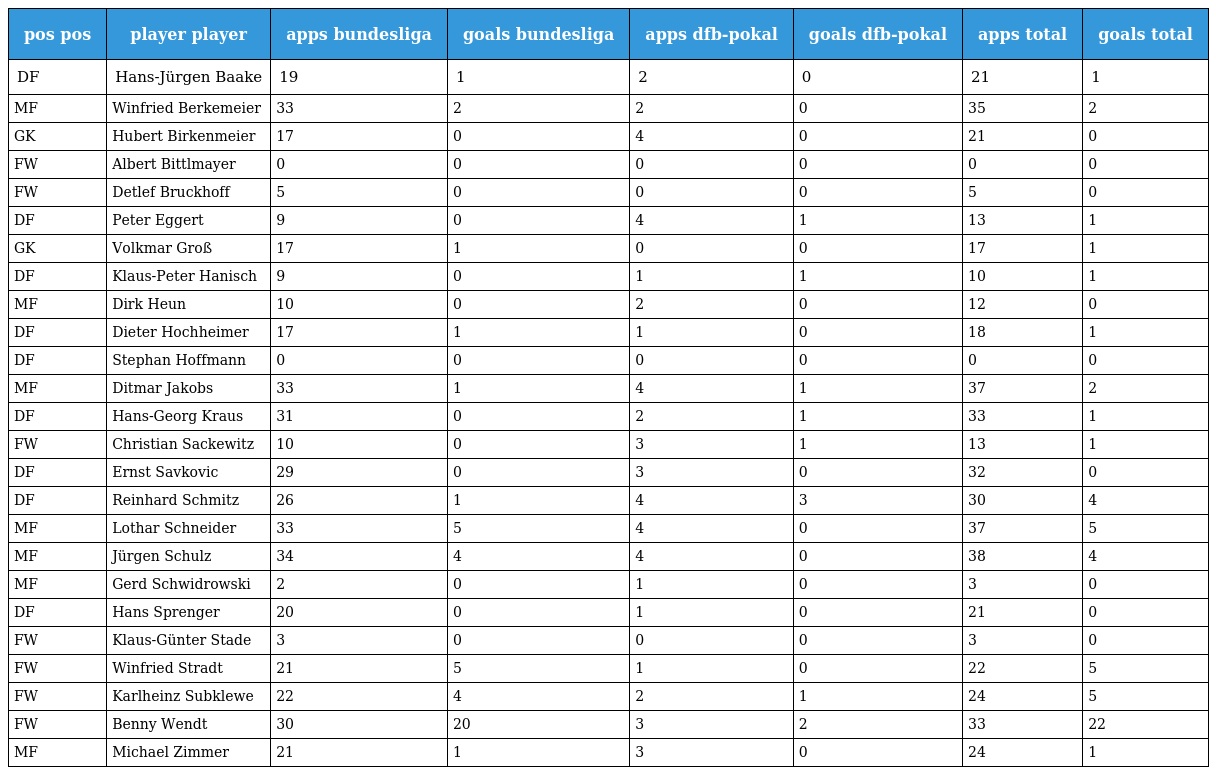
| pos pos | player player | apps bundesliga | goals bundesliga | apps dfb-pokal | goals dfb-pokal | apps total | goals total |
 | --- | --- | --- | --- | --- | --- | --- | --- |
 | DF | Hans-Jürgen Baake | 19 | 1 | 2 | 0 | 21 | 1 |
 | MF | Winfried Berkemeier | 33 | 2 | 2 | 0 | 35 | 2 |
 | GK | Hubert Birkenmeier | 17 | 0 | 4 | 0 | 21 | 0 |
 | FW | Albert Bittlmayer | 0 | 0 | 0 | 0 | 0 | 0 |
 | FW | Detlef Bruckhoff | 5 | 0 | 0 | 0 | 5 | 0 |
 | DF | Peter Eggert | 9 | 0 | 4 | 1 | 13 | 1 |
 | GK | Volkmar Groß | 17 | 1 | 0 | 0 | 17 | 1 |
 | DF | Klaus-Peter Hanisch | 9 | 0 | 1 | 1 | 10 | 1 |
 | MF | Dirk Heun | 10 | 0 | 2 | 0 | 12 | 0 |
 | DF | Dieter Hochheimer | 17 | 1 | 1 | 0 | 18 | 1 |
 | DF | Stephan Hoffmann | 0 | 0 | 0 | 0 | 0 | 0 |
 | MF | Ditmar Jakobs | 33 | 1 | 4 | 1 | 37 | 2 |
 | DF | Hans-Georg Kraus | 31 | 0 | 2 | 1 | 33 | 1 |
 | FW | Christian Sackewitz | 10 | 0 | 3 | 1 | 13 | 1 |
 | DF | Ernst Savkovic | 29 | 0 | 3 | 0 | 32 | 0 |
 | DF | Reinhard Schmitz | 26 | 1 | 4 | 3 | 30 | 4 |
 | MF | Lothar Schneider | 33 | 5 | 4 | 0 | 37 | 5 |
 | MF | Jürgen Schulz | 34 | 4 | 4 | 0 | 38 | 4 |
 | MF | Gerd Schwidrowski | 2 | 0 | 1 | 0 | 3 | 0 |
 | DF | Hans Sprenger | 20 | 0 | 1 | 0 | 21 | 0 |
 | FW | Klaus-Günter Stade | 3 | 0 | 0 | 0 | 3 | 0 |
 | FW | Winfried Stradt | 21 | 5 | 1 | 0 | 22 | 5 |
 | FW | Karlheinz Subklewe | 22 | 4 | 2 | 1 | 24 | 5 |
 | FW | Benny Wendt | 30 | 20 | 3 | 2 | 33 | 22 |
 | MF | Michael Zimmer | 21 | 1 | 3 | 0 | 24 | 1 |